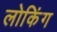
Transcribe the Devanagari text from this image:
लोकिंग